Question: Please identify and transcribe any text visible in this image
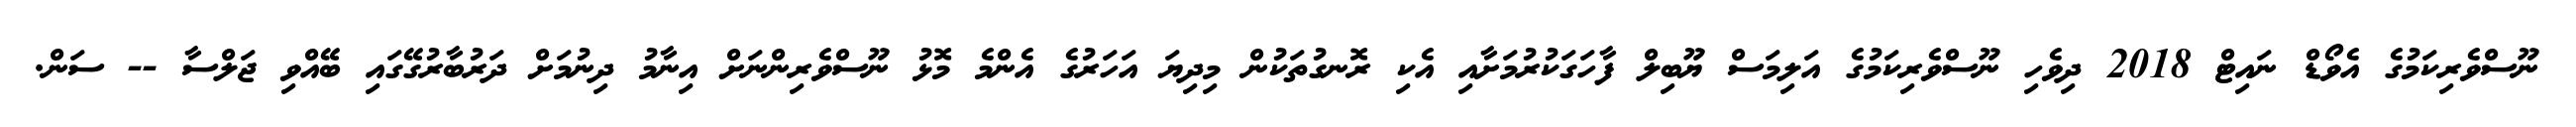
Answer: ނޫސްވެރިކަމުގެ އެވޯޑް ނައިޓް 2018 ދިވެހި ނޫސްވެރިކަމުގެ އަލިމަސް ޔޫބިލް ފާހަގަކުރުމަށާއި އެކި ރޮނގުތަކުން މިދިޔަ އަހަރުގެ އެންމެ މޮޅު ނޫސްވެރިންނަށް އިނާމު ދިނުމަށް ދަރުބާރުގޭގައި ބޭއްވި ޖަލްސާ -- ސަން.